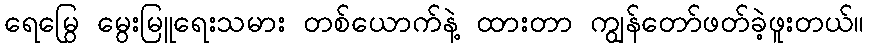
ရေမြွေ မွေးမြူရေးသမား တစ်ယောက်နဲ့ ထားတာ ကျွန်တော်ဖတ်ခဲ့ဖူးတယ်။